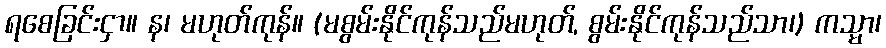
ရစေခြင်းငှာ။ န၊ မဟုတ်ကုန်။ (မစွမ်းနိုင်ကုန်သည်မဟုတ်, စွမ်းနိုင်ကုန်သည်သာ၊) ကသ္မာ၊